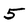
Character: 5